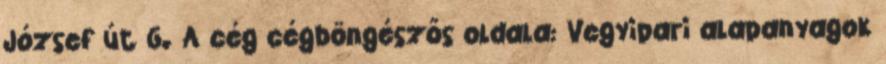
József út 6. A cég cégböngészős oldala: Vegyipari alapanyagok